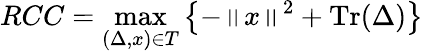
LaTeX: RCC=\operatorname*{max}_{(\Delta,x)\in{T}}\left\{ -\left\| x\right\| ^{2}+\operatorname{Tr}(\Delta)\right\}